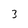
Character: 3